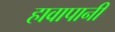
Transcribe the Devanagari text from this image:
हावापानी